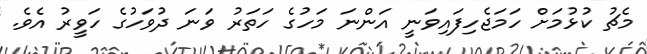
މެޗު ކުޅުމަށް ހަމަޖެހިފައިވަނީ އަންނަ މަހުގެ ހަތަރު ވަނަ ދުވަހުގެ ހަވީރު އެވެ.